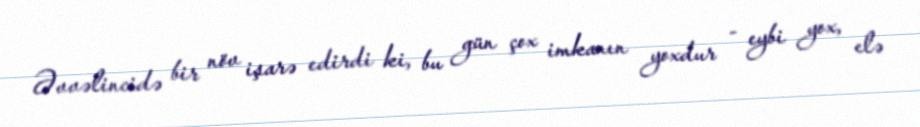
Əvvəlincidə bir növ işarə edirdi ki, bu gün çox imkanın yoxdur - eybi yox, elə